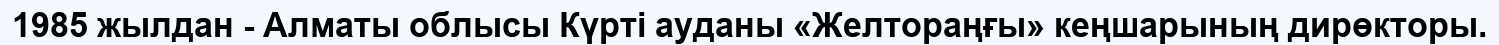
1985 жылдан - Алматы облысы Күрті ауданы «Желтораңғы» кеңшарының дирөкторы.